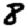
Digit: 8